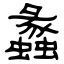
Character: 蠡